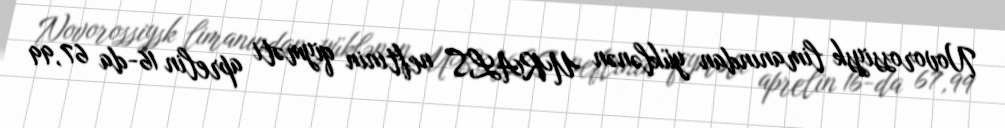
Novorossiysk limanından yüklənən URALS neftinin qiyməti aprelin 16-da 67,99